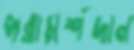
পরামর্শদান